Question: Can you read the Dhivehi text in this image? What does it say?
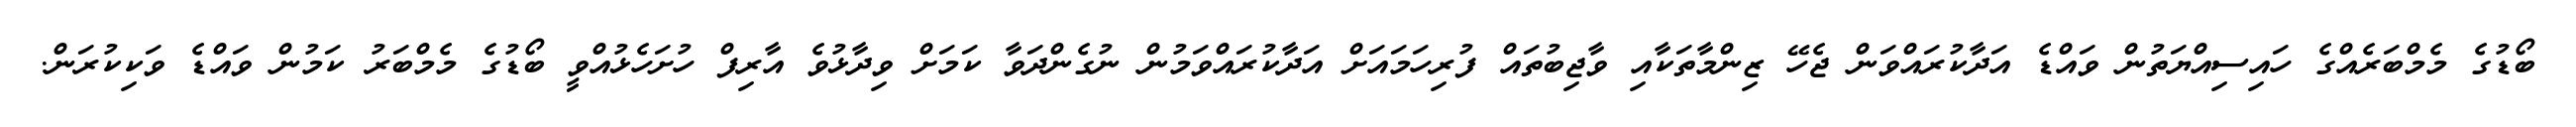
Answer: ބޯޑުގެ މެމްބަރެއްގެ ހައިސިއްޔަތުން ވައްޑެ އަދާކުރައްވަން ޖެހޭ ޒިންމާތަކާއި ވާޖިބުތައް ފުރިހަމައަށް އަދާކުރައްވަމުން ނުގެންދަވާ ކަމަށް ވިދާޅުވެ އާރިފް ހުށަހެޅުއްވީ ބޯޑުގެ މެމްބަރު ކަމުން ވައްޑެ ވަކިކުރަން.